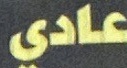
عادي